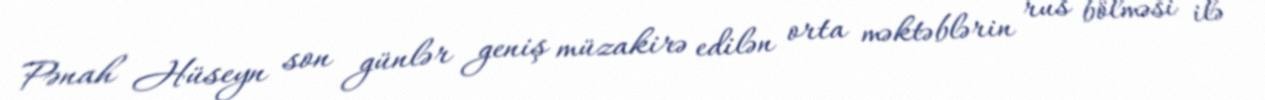
Pənah Hüseyn son günlər geniş müzakirə edilən orta məktəblərin rus bölməsi ilə